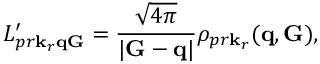
L _ { p r \mathbf k _ { r } \mathbf q \mathbf G } ^ { \prime } = \frac { \sqrt { 4 \pi } } { | \mathbf G - \mathbf q | } \rho _ { p r \mathbf k _ { r } } ( \mathbf q , \mathbf G ) ,